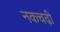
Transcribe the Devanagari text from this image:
नकचढ़ी